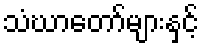
သံဃာတော်များနှင့်